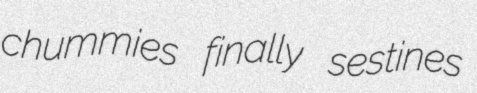
chummies finally sestines